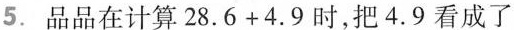
5.品品在计算28.6+4.9时，把4.9看成了